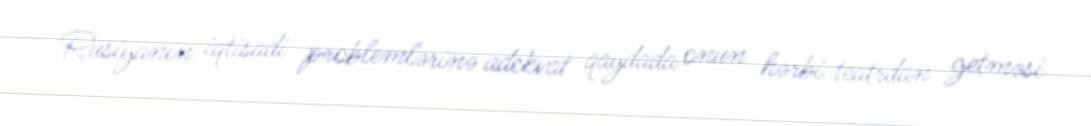
Rusiyanın iqtisadi problemlərinə adekvat qaydada onun hərbi teatrdan getməsi